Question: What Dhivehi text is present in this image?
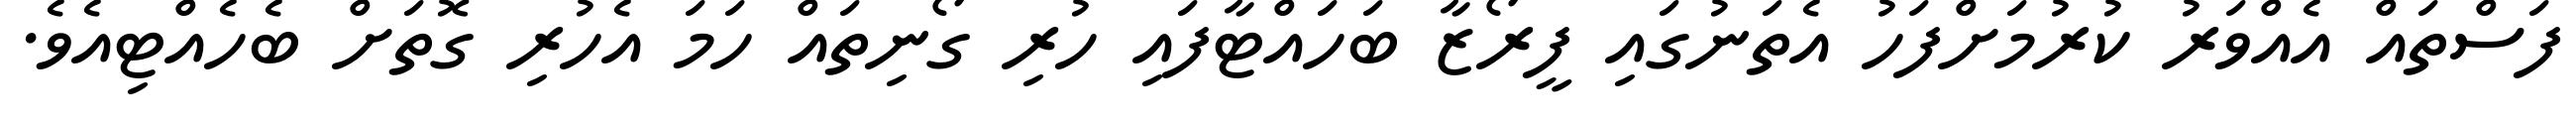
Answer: ފަސްތައް އެއްވަރު ކުރުމަށްފަހު އެތަނުގައި ފީރޯޒާ ބަހައްޓާފައި ހުރި ގޯނިތައް ހަމަ އެހުރި ގޮތަށް ބެހެއްޓިއެވެ.